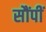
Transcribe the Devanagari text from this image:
सौंपीं